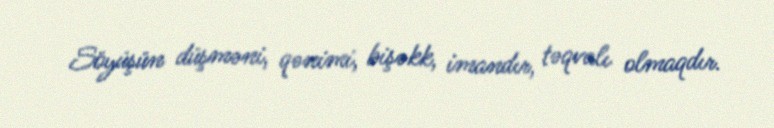
Söyüşün düşməni, qənimi, bişəkk, imandır, təqvalı olmaqdır.